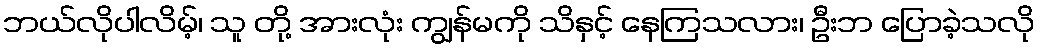
ဘယ်လိုပါလိမ့်၊ သူ တို့ အားလုံး ကျွန်မကို သိနှင့် နေကြသလား၊ ဦးဘ ပြောခဲ့သလို